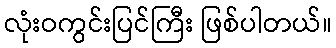
လုံးဝကွင်းပြင်ကြီး ဖြစ်ပါတယ်။